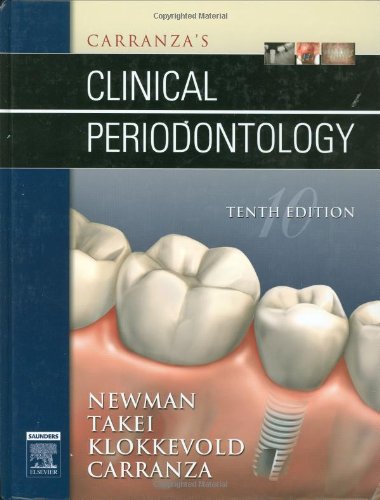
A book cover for Carranza's Clinical Periodontology; Michael G. Newman; Medical Books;